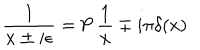
\frac { 1 } { x \pm i \epsilon } = \mathrm { P } \, \frac { 1 } { x } \mp i \pi \delta ( x )